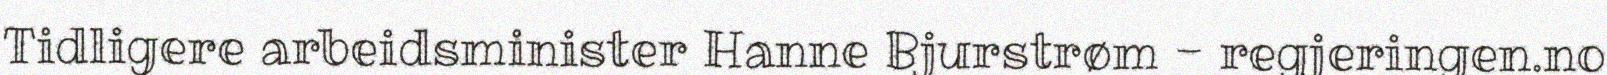
Tidligere arbeidsminister Hanne Bjurstrøm - regjeringen.no